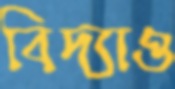
বিদ্যাও